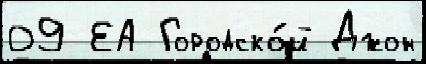
09 ЕА Городско́й Джон